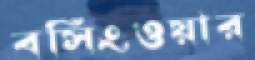
বসিংওয়ার